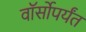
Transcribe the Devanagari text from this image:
वॉर्सोपर्यंत